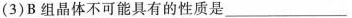
(3)B组晶体不可能具有的性质是___